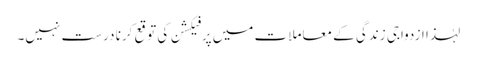
لہٰذا ازدواجی زندگی کے معاملات میں پرفیکشن کی توقع کرنا درست نہیں۔